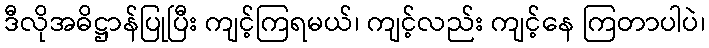
ဒီလိုအဓိဋ္ဌာန်ပြုပြီး ကျင့်ကြရမယ်၊ ကျင့်လည်း ကျင့်နေ ကြတာပါပဲ၊